Lunatic asylums Central Provinces reports 1886-1894 - 1886-1894
Year: 1886
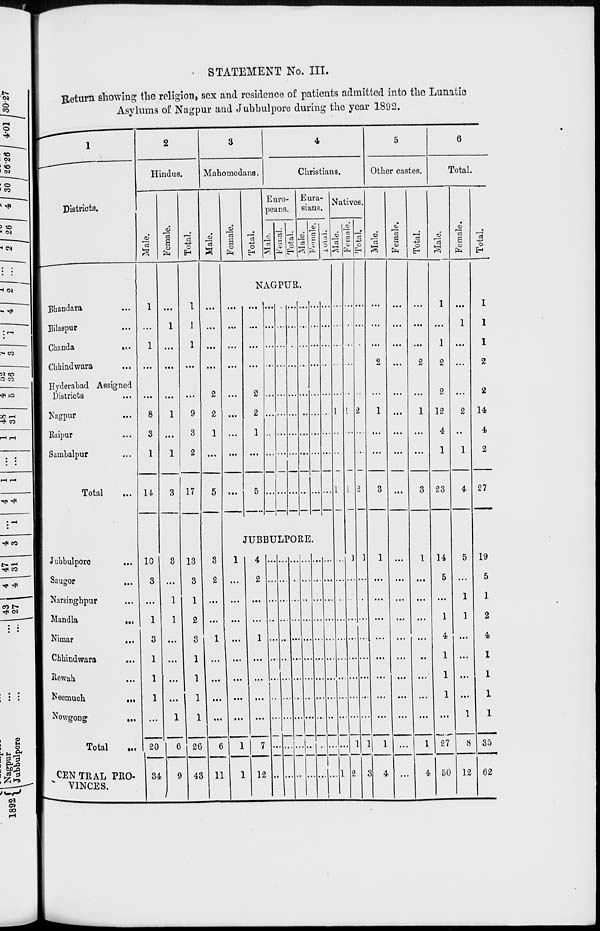
STATEMENT No. III.
Return showing the religion, sex and residence of patients admitted into the Lunatic
Asylums of Nagpur and Jubbulpore during the year 1892.
1
Districts.
Bhandara ...
Bilaspur ...
Chanda
...
Chhindwara ...
Hyderabad Assigned
Districts ...
Nagpur ...
Raipur ...
Sambalpur ...
Total ...
Jubbulpore ...
Saugor ...
Narsinghpur ...
Mandla
...
Nimar
...
Chhindwara ...
Rewah ...
Neemuch
...
Nowgong ...
Total ...
CENTRAL PRO-
VINCES.
2
Hindus.
Male.
1
...
1
...
...
8
3
1
14
10
3
...
1
3
1
1
1
...
20
34
Female.
...
1
...
...
...
1
...
1
3
3
...
1
1
...
...
...
...
1
6
9
Total.
1
1
1
...
...
9
3
2
17
13
3
1
2
3
1
1
1
1
26
43
3
Mahomedans.
Male.
...
...
...
...
2
2
1
...
5
3
2
...
...
1
...
...
...
...
6
11
Female.
Total.
4
Christians.
Euro-
peans.
Male.
Female.
Total.
Eura-
sians.
Male.
Female.
Total.
NAGPUR.
...
...
...
...
...
...
...
...
...
...
...
...
...
2
2
1
...
5
...
...
...
...
...
...
...
...
...
...
...
...
...
...
...
...
...
...
...
...
...
...
...
...
...
...
...
...
...
...
...
...
...
...
...
...
...
...
...
...
...
...
...
...
...
...
...
...
...
...
...
...
...
...
JUBBULPORE.
1
...
...
...
...
...
...
...
...
1
1
4
2
...
...
1
...
...
...
...
7
12
...
...
...
...
...
...
...
...
...
...
...
...
...
...
...
...
...
...
...
...
...
...
...
...
...
...
...
...
...
...
...
...
...
...
...
...
...
...
...
...
...
...
...
...
...
...
...
...
...
...
...
...
...
...
...
...
...
...
...
...
...
...
...
...
...
...
Natives.
Male.
...
...
...
...
...
1
...
...
1
...
...
...
...
...
...
...
...
...
...
1
Female.
...
...
...
...
...
1
...
...
1
1
...
...
...
...
...
...
...
...
1
2
Total.
...
...
...
...
...
2
...
...
2
1
...
...
...
...
...
...
...
...
1
3
5
Other castes.
Male.
...
...
...
2
...
1
...
...
3
1
...
...
...
...
...
...
...
...
1
4
Female.
...
...
...
...
...
...
...
...
...
...
...
...
...
...
...
...
...
...
...
...
Total.
...
...
...
2
...
1
...
...
3
1
...
...
...
...
...
...
...
...
1
4
6
Total.
Male.
1
...
1
2
2
12
4
1
23
14
5
...
1
4
1
1
1
...
27
50
Female.
...
1
...
...
...
2
...
1
4
5
...
1
1
...
...
...
...
1
8
12
Total.
1
1
1
2
2
14
4
2
27
19
5
1
2
4
1
1
1
1
35
62